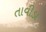
તાવીડા